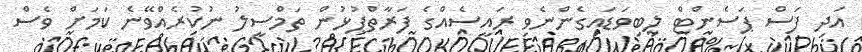
އަދި ފަސް ޕަސެންޓް ލިބިވަޑައިގެންނެވި ރައީސެއްގެ ފަރާތްޕުޅުން ތަމްސީލު ނުކުރެއްވޭނެ ކަމަށް ވެސް